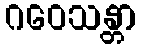
ဂဝေသန္တာ